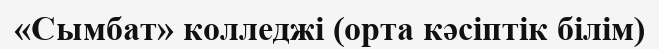
«Сымбат» колледжі (орта кәсіптік білім)